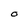
Character: O